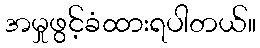
အမှုဖွင့်ခံထားရပါတယ်။